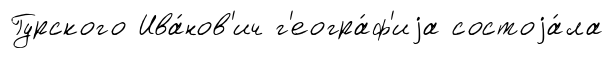
Гурского Ива́нов'ич г'еогра́ф'иjа состоjа́ла